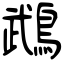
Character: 鵡